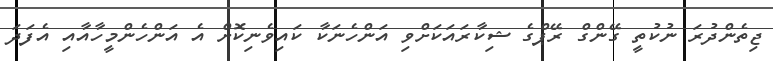
ޖިތެންދުރަ ނުކުތީ ގޭންގް ރޭޕްގެ ޝިކާރައަކަށްވި އަންހެނަކާ ކައިވެނިކޮށް އެ އަންހެންމީހާއާއި އެފަދަ